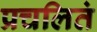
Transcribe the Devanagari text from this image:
प्रचलितं